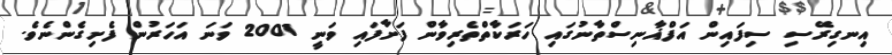
އިނގިރޭސި ސިފައިން އަފްޣާނިސްތާނުގައި ހަރަކާތްތެރިވާން ފަށާފައި ވަނީ 2001 ވަނަ އަހަރުން ފެށިގެންނެވެ.